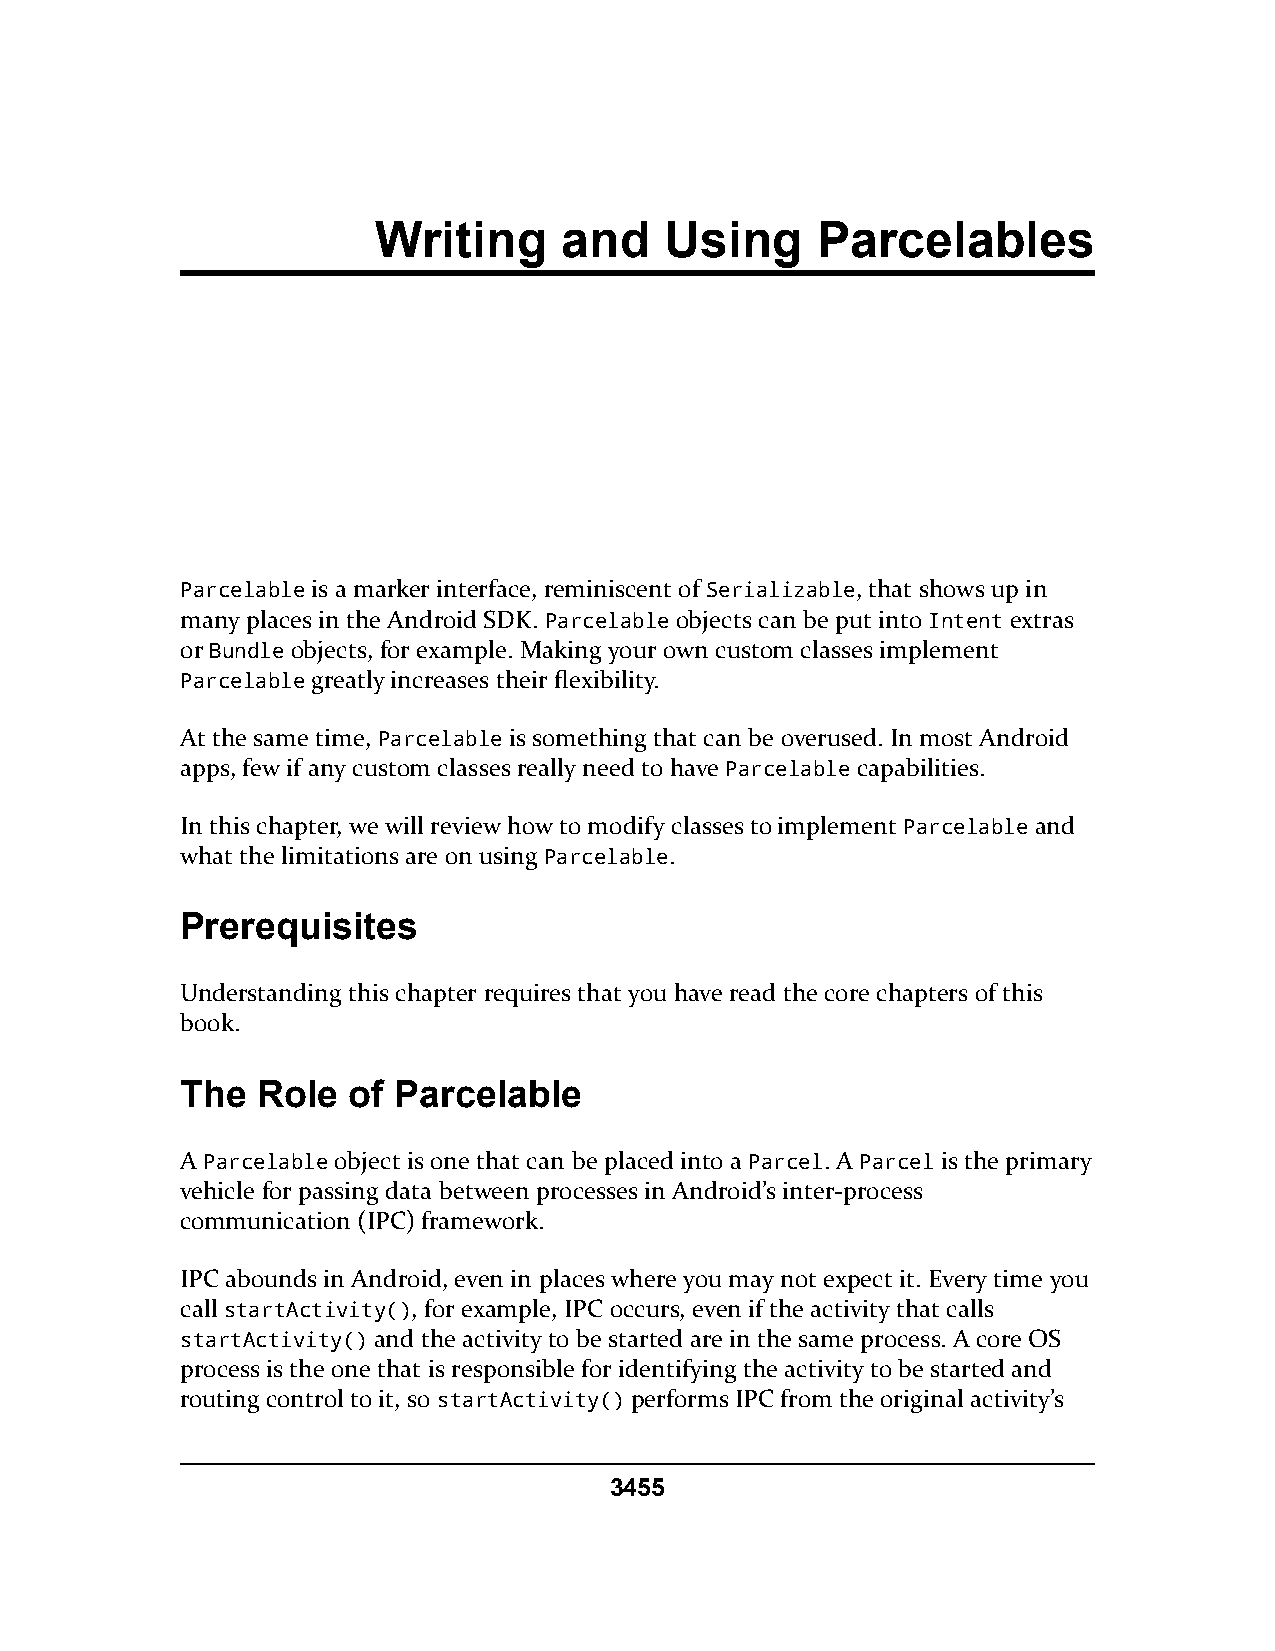
Writing     and    Using     Parcelables
 Parcelable is a marker interface, reminiscent of Serializable, that shows up in
 many places in the Android SDK. Parcelable objects can be put into Intent extras
 or Bundle objects, for example. Making your own custom classes implement
 Parcelable greatly increases their flexibility.
 At the same time, Parcelable is something that can be overused. In most Android
 apps, few if any custom classes really need to have Parcelable capabilities.
 In this chapter, we will review how to modify classes to implement Parcelable and
 what the limitations are on using Parcelable.
 Prerequisites
 Understanding this chapter requires that you have read the core chapters of this
 book.
 The  Role  of Parcelable
 A Parcelable object is one that can be placed into a Parcel. A Parcel is the primary
 vehicle for passing data between processes in Android’s inter-process
 communication (IPC) framework.
 IPC abounds in Android, even in places where you may not expect it. Every time you
 call startActivity(), for example, IPC occurs, even if the activity that calls
 startActivity() and the activity to be started are in the same process. A core OS
 process is the one that is responsible for identifying the activity to be started and
 routing control to it, so startActivity() performs IPC from the original activity’s
 3455